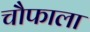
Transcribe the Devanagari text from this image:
चौफाला